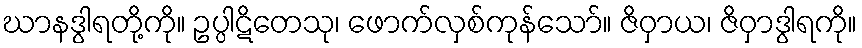
ဃာနဒွါရတို့ကို။ ဥပ္ပါဋိတေသု၊ ဖောက်လှစ်ကုန်သော်။ ဇိဝှာယ၊ ဇိဝှာဒွါရကို။